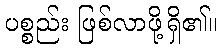
ပစ္စည်း ဖြစ်လာဖို့ရှိ၏။